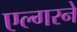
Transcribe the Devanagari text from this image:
एल्गरने